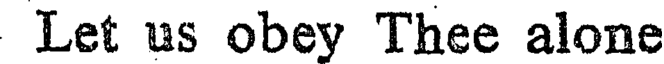
Let us obey Thee alone